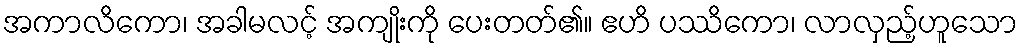
အကာလိကော၊ အခါမလင့် အကျိုးကို ပေးတတ်၏။ ဧဟိ ပဿိကော၊ လာလှည့်ဟူသော